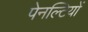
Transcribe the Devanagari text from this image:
पेनल्टियों